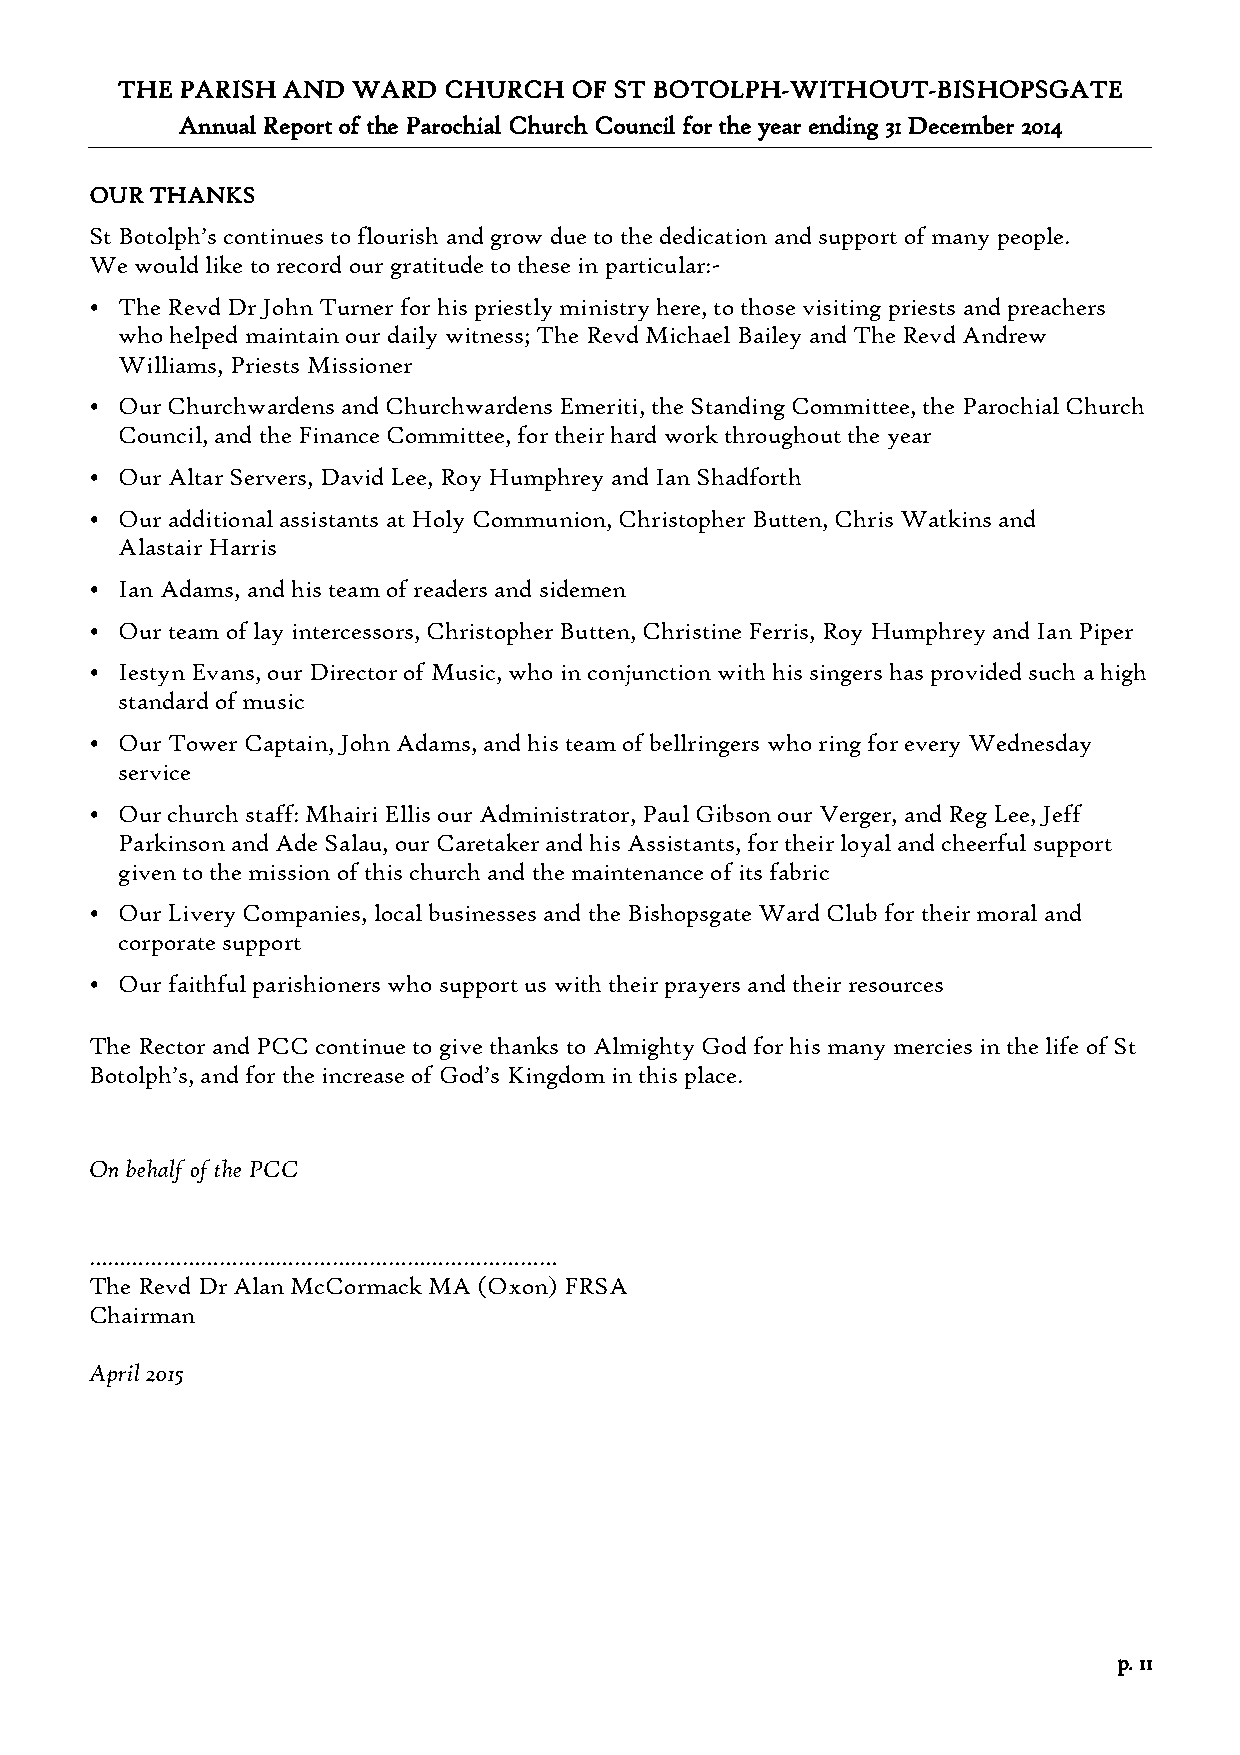
THE PARISH AND WARD  CHURCH   OF ST BOTOLPH-WITHOUT-BISHOPSGATE
 Annual Report of the Parochial Church Council for the year ending 31 December 2014
 OUR THANKS
 St Botolph’s continues to flourish and grow due to the dedication and support of many people.
 We would like to record our gratitude to these in particular:-
 • The Revd Dr John Turner for his priestly ministry here, to those visiting priests and preachers
 who helped maintain our daily witness; The Revd Michael Bailey and The Revd Andrew
 Williams, Priests Missioner
 • Our Churchwardens and Churchwardens Emeriti, the Standing Committee, the Parochial Church
 Council, and the Finance Committee, for their hard work throughout the year
 • Our Altar Servers, David Lee, Roy Humphrey and Ian Shadforth
 • Our additional assistants at Holy Communion, Christopher Butten, Chris Watkins and
 Alastair Harris
 • Ian Adams, and his team of readers and sidemen
 • Our team of lay intercessors, Christopher Butten, Christine Ferris, Roy Humphrey and Ian Piper
 • Iestyn Evans, our Director of Music, who in conjunction with his singers has provided such a high
 standard of music
 • Our Tower Captain, John Adams, and his team of bellringers who ring for every Wednesday
 service
 • Our church staff: Mhairi Ellis our Administrator, Paul Gibson our Verger, and Reg Lee, Jeff
 Parkinson and Ade Salau, our Caretaker and his Assistants, for their loyal and cheerful support
 given to the mission of this church and the maintenance of its fabric
 • Our Livery Companies, local businesses and the Bishopsgate Ward Club for their moral and
 corporate support
 • Our faithful parishioners who support us with their prayers and their resources
 The Rector and PCC continue to give thanks to Almighty God for his many mercies in the life of St
 Botolph’s, and for the increase of God’s Kingdom in this place.
 On behalf of the PCC
 …………………………………………………………………
 The Revd Dr Alan McCormack MA (Oxon) FRSA
 Chairman
 April 2015
 p. 11